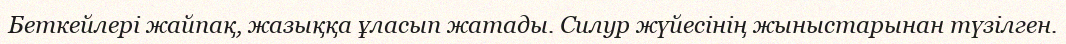
Беткейлері жайпақ, жазыққа ұласып жатады. Силур жүйесінің жыныстарынан түзілген.